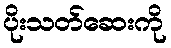
ပိုးသတ်ဆေးကို